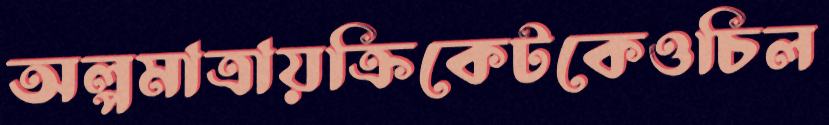
অল্পমাত্রায়ক্রিকেটকেওচিল